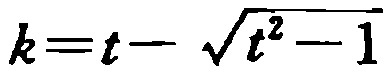
\(k=t - \sqrt{t^{2}-1}\)